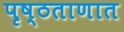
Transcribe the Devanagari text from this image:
पृष्ठताणात